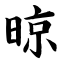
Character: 晾